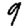
Digit: 9